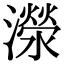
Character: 濴